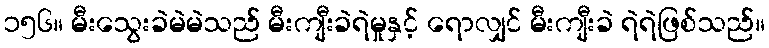
၁၅၆။ မီးသွေးခဲမဲမဲသည် မီးကျီးခဲရဲမှုနှင့် ရောလျှင် မီးကျီးခဲ ရဲရဲဖြစ်သည်။